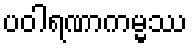
ပဝါရဏာကမ္မဿ